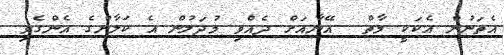
އެތަނުން އެކަކީ މާތް  އޭނާއަށްް ދެއްވި މުދަލުން އެ ކަލާންގެ އެންގެވި